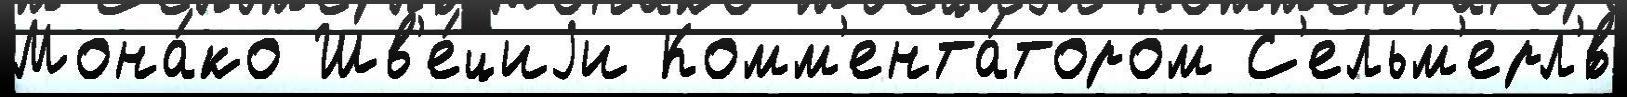
Мона́ко Шв'е́циjи Комм'ента́тором С'ельм'ерл'́в